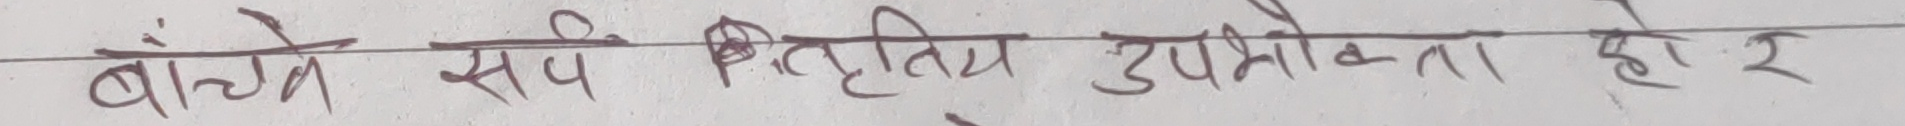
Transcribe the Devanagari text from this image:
बाँच्ने सबै वित्तीय उपभोक्ता हो र